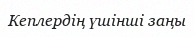
Кеплердің үшінші заңы